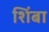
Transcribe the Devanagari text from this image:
शिंबा